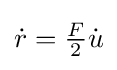
{\textstyle {\dot {r}}={\frac {F}{2}}{\dot {u}}}